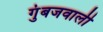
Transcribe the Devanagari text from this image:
गुंबजवाली